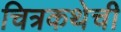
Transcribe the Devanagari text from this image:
चित्रकथेची